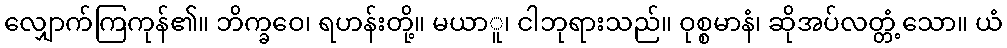
လျှောက်ကြကုန်၏။ ဘိက္ခဝေ၊ ရဟန်းတို့။ မယာူ၊ ငါဘုရားသည်။ ဝုစ္စမာနံ၊ ဆိုအပ်လတ္တံ့သော။ ယံ